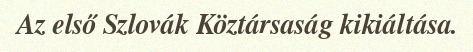
Az első Szlovák Köztársaság kikiáltása.